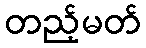
တည့်မတ်